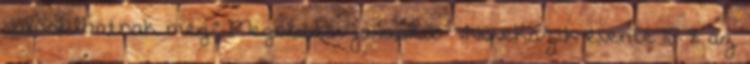
valósulhatnak meg.” Megoldási javaslat ▪„Növekszik évente 10 % az